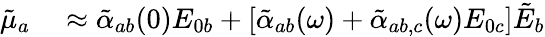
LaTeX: \begin{array}{rl}{\tilde{\mu}_{a}}&{{}\approx\tilde{\alpha}_{ab}(0)E_{0b}+[\tilde{\alpha}_{ab}(\omega)+\tilde{\alpha}_{ab,c}(\omega)E_{0c}]\tilde{E}_{b}}\end{array}